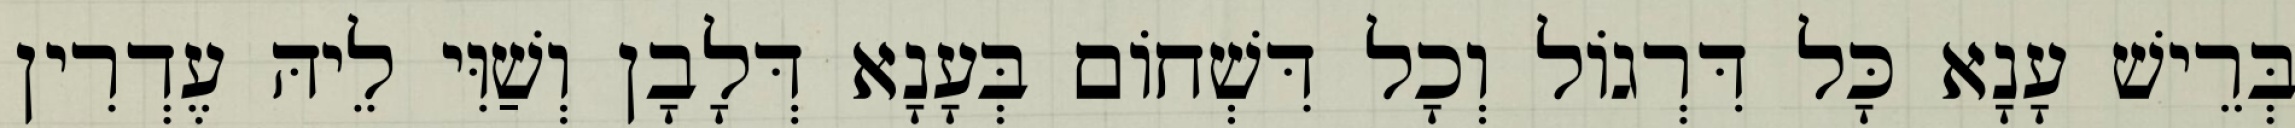
בְּרֵישׁ עָנָא כָּל דִּרְגוֹל וְכָל דִּשְׁחוֹם בְּעָנָא דְּלָבָן וְשַׁוִּי לֵיהּ עֶדְרִין